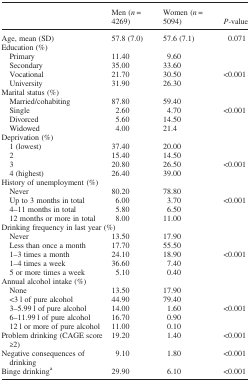
<table><thead><tr><td></td><td><b>Men (<i>n</i> = 4269)</b></td><td><b>Women (<i>n</i> = 5094)</b></td><td><b><i>P</i>-value</b></td></tr></thead><tbody><tr><td>Age, mean (SD)</td><td>57.8 (7.0)</td><td>57.6 (7.1)</td><td>0.071</td></tr><tr><td colspan="4">Education (%)</td></tr><tr><td> Primary</td><td>11.40</td><td>9.60</td><td></td></tr><tr><td> Secondary</td><td>35.00</td><td>33.60</td><td></td></tr><tr><td> Vocational</td><td>21.70</td><td>30.50</td><td>&lt;0.001</td></tr><tr><td> University</td><td>31.90</td><td>26.30</td><td></td></tr><tr><td colspan="4">Marital status (%)</td></tr><tr><td> Married/cohabiting</td><td>87.80</td><td>59.40</td><td></td></tr><tr><td> Single</td><td>2.60</td><td>4.70</td><td>&lt;0.001</td></tr><tr><td> Divorced</td><td>5.60</td><td>14.50</td><td></td></tr><tr><td> Widowed</td><td>4.00</td><td>21.4</td><td></td></tr><tr><td colspan="4">Deprivation (%)</td></tr><tr><td> 1 (lowest)</td><td>37.40</td><td>20.00</td><td></td></tr><tr><td> 2</td><td>15.40</td><td>14.50</td><td></td></tr><tr><td> 3</td><td>20.80</td><td>26.50</td><td>&lt;0.001</td></tr><tr><td> 4 (highest)</td><td>26.40</td><td>39.00</td><td></td></tr><tr><td colspan="4">History of unemployment (%)</td></tr><tr><td> Never</td><td>80.20</td><td>78.80</td><td></td></tr><tr><td> Up to 3 months in total</td><td>6.00</td><td>3.70</td><td>&lt;0.001</td></tr><tr><td> 4–11 months in total</td><td>5.80</td><td>6.50</td><td></td></tr><tr><td> 12 months or more in total</td><td>8.00</td><td>11.00</td><td></td></tr><tr><td colspan="4">Drinking frequency in last year (%)</td></tr><tr><td> Never</td><td>13.50</td><td>17.90</td><td></td></tr><tr><td> Less than once a month</td><td>17.70</td><td>55.50</td><td></td></tr><tr><td> 1–3 times a month</td><td>24.10</td><td>18.90</td><td>&lt;0.001</td></tr><tr><td> 1–4 times a week</td><td>36.60</td><td>7.40</td><td></td></tr><tr><td> 5 or more times a week</td><td>5.10</td><td>0.40</td><td></td></tr><tr><td colspan="4">Annual alcohol intake (%)</td></tr><tr><td> None</td><td>13.50</td><td>17.90</td><td></td></tr><tr><td> &lt;3 l of pure alcohol</td><td>44.90</td><td>79.40</td><td></td></tr><tr><td> 3–5.99 l of pure alcohol</td><td>14.00</td><td>1.60</td><td>&lt;0.001</td></tr><tr><td> 6–11.99 l of pure alcohol</td><td>16.70</td><td>0.90</td><td></td></tr><tr><td> 12 l or more of pure alcohol</td><td>11.00</td><td>0.10</td><td></td></tr><tr><td>Problem drinking (CAGE score ≥2)</td><td>19.20</td><td>1.40</td><td>&lt;0.001</td></tr><tr><td>Negative consequences of drinking</td><td>9.10</td><td>1.80</td><td>&lt;0.001</td></tr><tr><td>Binge drinking<sup>a</sup></td><td>29.90</td><td>6.10</td><td>&lt;0.001</td></tr></tbody></table>